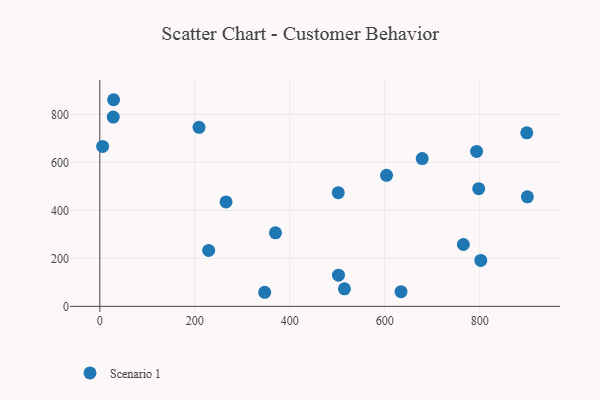
{"axis": {"x": "Price", "y": "Salary"}, "legend": ["Scenario 1"], "data": [{"x": "678.9", "y": 616.2, "type": "Scenario 1"}, {"x": "802.3", "y": 191.5, "type": "Scenario 1"}, {"x": "515.1", "y": 73.0, "type": "Scenario 1"}, {"x": "900.4", "y": 456.6, "type": "Scenario 1"}, {"x": "502.6", "y": 130.0, "type": "Scenario 1"}, {"x": "793.5", "y": 646.1, "type": "Scenario 1"}, {"x": "502.1", "y": 473.9, "type": "Scenario 1"}, {"x": "28.3", "y": 789.1, "type": "Scenario 1"}, {"x": "347.2", "y": 58.7, "type": "Scenario 1"}, {"x": "265.8", "y": 435.5, "type": "Scenario 1"}, {"x": "29.0", "y": 861.6, "type": "Scenario 1"}, {"x": "5.9", "y": 667.0, "type": "Scenario 1"}, {"x": "765.6", "y": 258.0, "type": "Scenario 1"}, {"x": "208.9", "y": 746.6, "type": "Scenario 1"}, {"x": "603.8", "y": 546.3, "type": "Scenario 1"}, {"x": "634.3", "y": 61.4, "type": "Scenario 1"}, {"x": "797.9", "y": 490.5, "type": "Scenario 1"}, {"x": "899.1", "y": 723.4, "type": "Scenario 1"}, {"x": "369.9", "y": 306.8, "type": "Scenario 1"}, {"x": "229.2", "y": 233.0, "type": "Scenario 1"}]}